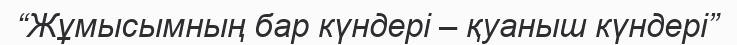
“Жұмысымның бар күндері – қуаныш күндері”